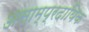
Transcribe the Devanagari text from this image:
असाम्प्रदायिक